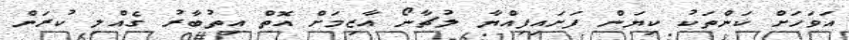
އަވަހަށް ކަންތަކު ކިޔަން ފަށައިފިއްޔާ ލުޗާނޯ އާޒިމަށް އޮތް އިތުބާރު ގެއްލި ކުރަން